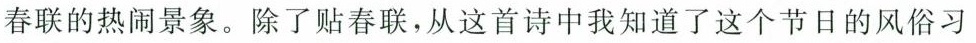
春联的热闹景象。除了贴春联，从这首诗中我知道了这个节日的风俗习